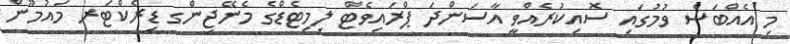
މި އެއްބަސް ވުމުގައި ސޮއިކުރެއްވީ އާސަންދަ ޕްރައިވެޓް ލިމިޓެޑްގެ މެނޭޖިންގ ޑިރެކްޓަރ މައުމޫން